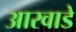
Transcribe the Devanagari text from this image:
आरवाडे